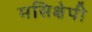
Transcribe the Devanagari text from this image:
मसिक्षेपी